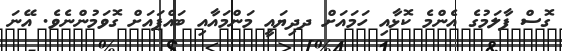
ގޮސް ފާލަމުގެ އެންމެ ކޮޅާއި ހަމައަށް ދދިޔައީ މަންމައާއި ބައްޕައަށް ގޮވަމުންނެވެ. އޭނަ